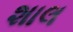
શાલ